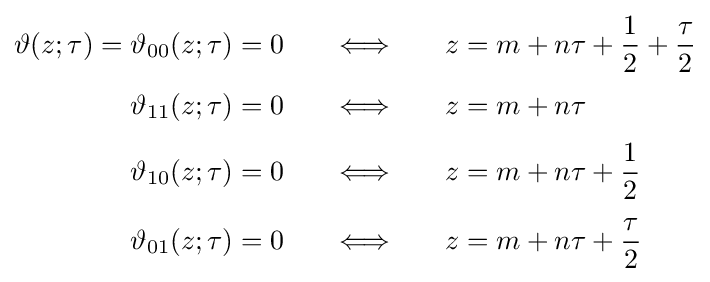
{\begin{aligned}\vartheta (z;\tau )=\vartheta _{00}(z;\tau )&=0\quad &\Longleftrightarrow &&\quad z&=m+n\tau +{\frac {1}{2}}+{\frac {\tau }{2}}\\[3pt]\vartheta _{11}(z;\tau )&=0\quad &\Longleftrightarrow &&\quad z&=m+n\tau \\[3pt]\vartheta _{10}(z;\tau )&=0\quad &\Longleftrightarrow &&\quad z&=m+n\tau +{\frac {1}{2}}\\[3pt]\vartheta _{01}(z;\tau )&=0\quad &\Longleftrightarrow &&\quad z&=m+n\tau +{\frac {\tau }{2}}\end{aligned}}